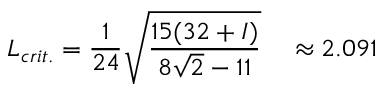
L _ { c r i t . } = \frac { 1 } { 2 4 } \sqrt { \frac { 1 5 ( 3 2 + { \cal I } ) } { 8 \sqrt { 2 } - 1 1 } } ~ ~ ~ \approx 2 . 0 9 1